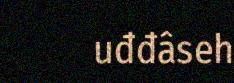
uđđâseh